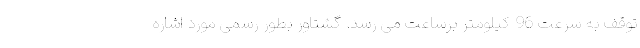
توقف به سرعت 96 کیلومتر برساعت می رسد. گشتاور بطور رسمی مورد اشاره